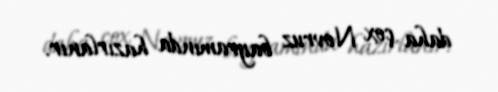
daha çox Novruz bayramında hazırlanır.